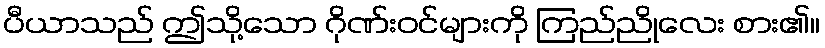
ပီယာသည် ဤသို့သော ဂိုဏ်းဝင်များကို ကြည်ညိုလေး စား၏။